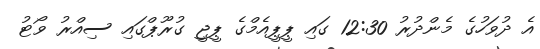
އެ ދުވަހުގެ މެންދުރު 12:30 ގައި ޕީޕީއެމްގެ ޕީޖީ ގުރޫޕްގައި ސިއްރު ވޯޓު